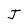
Character: J